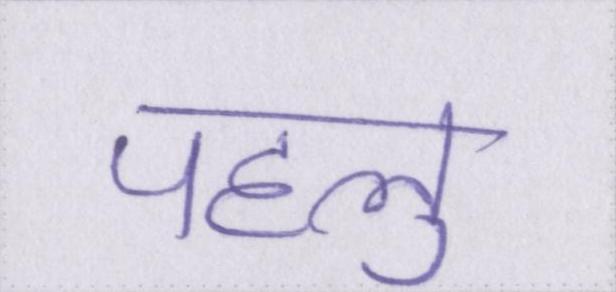
पहलु